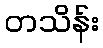
တသိန်း